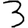
Digit: 3